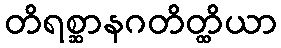
တိရစ္ဆာနဂတိတ္ထိယာ